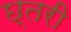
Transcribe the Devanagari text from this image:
छ्तरी